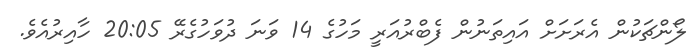
ލޯންޗަކުން އެރަށަށް އައިތަނުން ފެބްރުއަރީ މަހުގެ 14 ވަނަ ދުވަހުގެރޭ 20:05 ހާއިރުއެވެ.